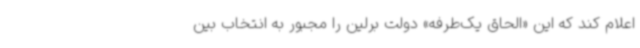
اعلام کند که این «الحاق یک‌طرفه» دولت برلین را مجبور به انتخاب بین